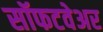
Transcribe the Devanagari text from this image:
सॉफटवेअर